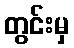
တွင်းမှ